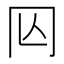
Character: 𠕈